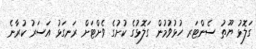
ގަލޮޅު ޔޫތު ސެންޓަރ ހުޅުވުމުން ގަލޮޅުގެ ކުށުގެ ވެށްޓަށް ރަނގަޅު އަސަރު ކުރާނެ